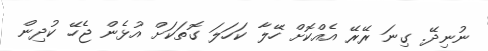
ނުނިދޭ. ގިނަ ރޭރޭ އެއްކޮށް ހޭލާ ކަހަލަ ގޮތަކަށް އުޅެން ޖެހޭ ކުދިން